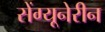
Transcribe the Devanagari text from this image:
सेंग्यूनेरीन